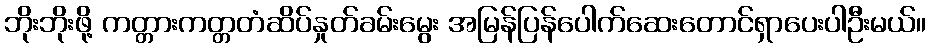
ဘိုးဘိုးဖို့ ကတ္တားကတ္တတံဆိပ်နှုတ်ခမ်းမွေး အမြန်ပြန်ပေါက်ဆေးတောင်ရှာပေးပါဦးမယ်။